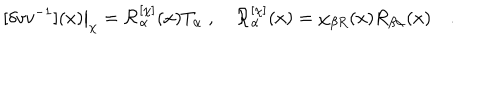
[ \delta v v ^ { - 1 } ] ( x ) \big | _ { \chi } = { \cal R } _ { \alpha } ^ { [ \chi ] } ( x ) T _ { \alpha } \; , \quad { \cal R } _ { \alpha } ^ { [ \chi ] } ( x ) = \chi _ { \beta R } ( x ) R _ { \beta \alpha } ( x ) \quad .